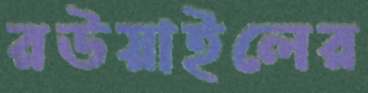
রউয়াইলের